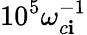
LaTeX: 10^{5}\omega_{c\mathbf{i}}^{-1}